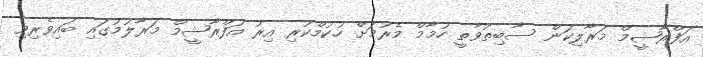
އަފްރާޝީމް މަރާލިކަން ސާބިތުވާތީ ހުމާމް މެރުމަށް ހުކުމްކުރި އިރު އަފްރާޝީމް މަރާލުމުގައި ބައިވެރިވި